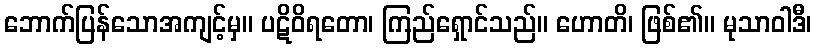
ဘောက်ပြန်သောအကျင့်မှ။ ပဋိဝိရတော၊ ကြည်ရှောင်သည်။ ဟောတိ၊ ဖြစ်၏။ မုသာဝါဒီ၊